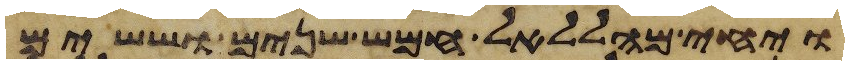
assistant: ויחי מהללאל חמש שנים וששים